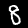
Label: 8